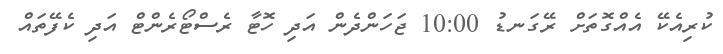
ކުރިއެކޭ އެއްގޮތަށް ރޭގަނޑު 10:00 ޖަހަންދެން އަދި ހޮޓާ ރެސްޓޯރެންޓް އަދި ކެފޭތައް